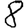
Digit: 8